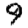
Digit: 9